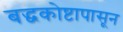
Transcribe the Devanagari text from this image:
बद्धकोष्टापासून